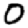
Digit: 0